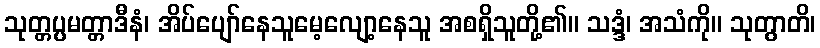
သုတ္တပ္ပမတ္တာဒီနံ၊ အိပ်ပျော်နေသူမေ့လျော့နေသူ အစရှိသူတို့၏။ သဒ္ဒံ၊ အသံကို။ သုတွာတိ၊